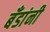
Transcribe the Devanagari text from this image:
बँडांनी